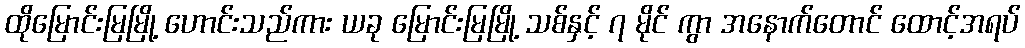
ထိုမြောင်းမြမြို့ ဟောင်းသည်ကား ယခု မြောင်းမြမြို့ သစ်နှင့် ၇ မိုင် ကွာ အနောက်တောင် ထောင့်အရပ်